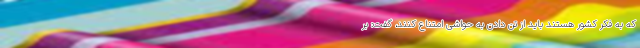
که به فکر کشور هستند باید از تن دادن به حواشی امتناع کنند، گفت: بر